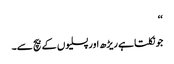
‘‘
جو نکلتا ہے ریڑھ اور پسلیوں کے بیچ سے۔